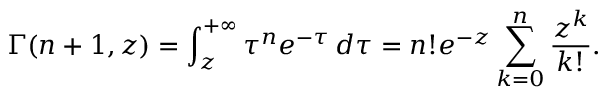
\Gamma ( n + 1 , z ) = \int _ { z } ^ { + \infty } \tau ^ { n } e ^ { - \tau } \, d \tau = n ! e ^ { - z } \sum _ { k = 0 } ^ { n } \frac { z ^ { k } } { k ! } .